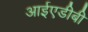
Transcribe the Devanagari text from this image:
आईएडीबी